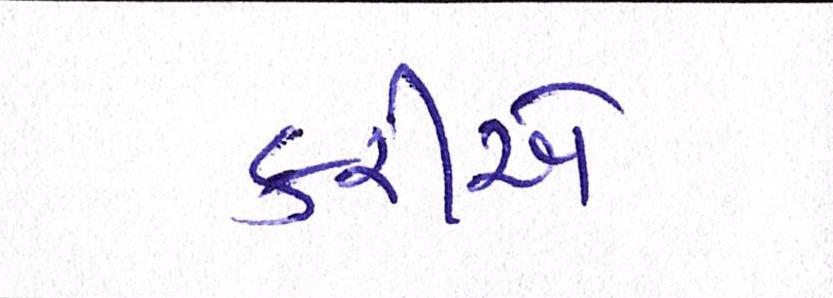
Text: કરીએ